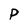
Character: P